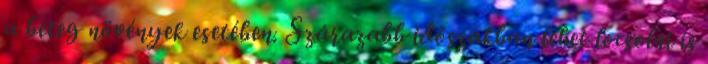
a beteg növények esetében. Szárazabb időszakban lehet locsolni is